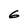
Character: 6